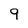
Character: 9